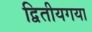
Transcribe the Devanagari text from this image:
द्वितीयगया